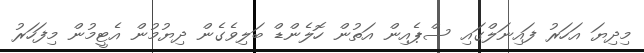
މިދިޔަ އަހަރު ފައިނަލްގައި ސްޕެއިން އަތުން ހޮލެންޑް ބަލިވެގެން ދިޔުމުން އެޓީމުން މިފަހަރު